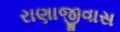
રાણાજીવાસ